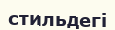
стильдегі